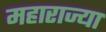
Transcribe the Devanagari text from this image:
महाराज्या